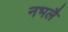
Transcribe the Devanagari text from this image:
नभलै